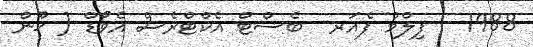
1988 - ފިލްމް ފެއަރ  ބެސްޓް އެކްޓްރެސް އެވޯޑް ( ޚޫން